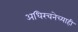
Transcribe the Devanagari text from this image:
अधिरचनेच्याही